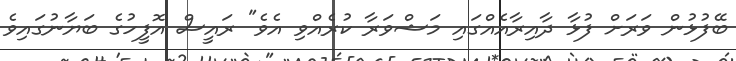
ބޭފުޅުން ވަރަށް ފުޅާ ދާއިރާއެއްގައި މަޝްވަރާ ކުރެއްވި އެވެ" ރައީސް އޮފީހުގެ ބަޔާނުގައިވެ